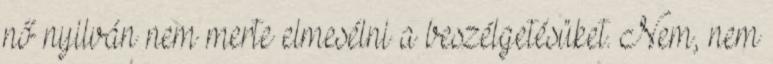
nő nyilván nem merte elmesélni a beszélgetésüket. Nem, nem